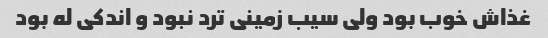
غذاش خوب بود ولی سیب زمینی ترد نبود و اندکی له بود